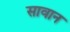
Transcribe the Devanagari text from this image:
सावान